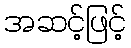
အဆင့်ဖြင့်